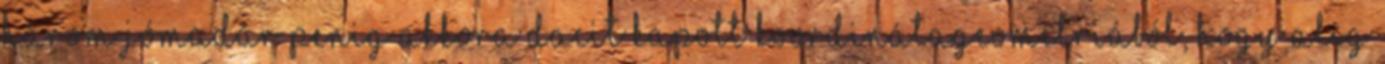
három jómadár penig akkora dacit kapott koordinátageometriából, hogy alig